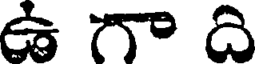
ఉ గా ది